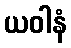
ယဝါနံ